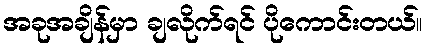
အခုအချိန်မှာ ချလိုက်ရင် ပိုကောင်းတယ်။